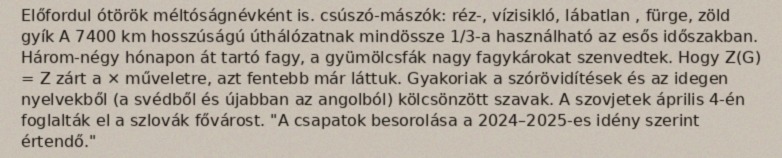
Előfordul ótörök méltóságnévként is. csúszó-mászók: réz-, vízisikló, lábatlan , fürge, zöld gyík A 7400 km hosszúságú úthálózatnak mindössze 1/3-a használható az esős időszakban. Három-négy hónapon át tartó fagy, a gyümölcsfák nagy fagykárokat szenvedtek. Hogy Z(G) = Z zárt a × műveletre, azt fentebb már láttuk. Gyakoriak a szórövidítések és az idegen nyelvekből (a svédből és újabban az angolból) kölcsönzött szavak. A szovjetek április 4-én foglalták el a szlovák fővárost. "A csapatok besorolása a 2024–2025-es idény szerint értendő."